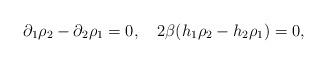
LaTeX: \begin{align*}\partial_1 \rho_2 - \partial_2 \rho_1 = 0, \quad2\beta (h_1 \rho_2 - h_2 \rho_1) = 0,\end{align*}